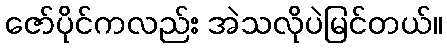
ဇော်ပိုင်ကလည်း အဲသလိုပဲမြင်တယ်။